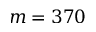
m = 3 7 0